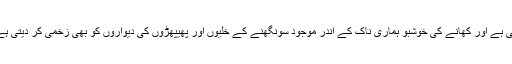
فرمایا کھاتے ہوئے کھانے کو سونگھا نہ کرو‘ کھانے کو سونگھنا بدتہذیبی بھی ہوتی ہے اور کھانے کی خوشبو ہماری ناک کے اندر موجود سونگھنے کے خلیوں اور پھیپھڑوں کی دیواروں کو بھی زخمی کر دیتی ہے‘ ہمیں چھینک بھی آ سکتی ہے اور یہ چھینک سارے کھانے کو برباد کرسکتی ہے۔